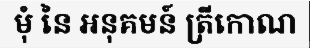
មុំ នៃ អនុគមន៍ ត្រីកោណ